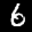
Label: 6